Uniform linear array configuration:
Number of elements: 64
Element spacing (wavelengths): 0.25
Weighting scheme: hamming
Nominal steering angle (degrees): -30
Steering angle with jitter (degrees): -28.02
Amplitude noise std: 0.05
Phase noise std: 0.05

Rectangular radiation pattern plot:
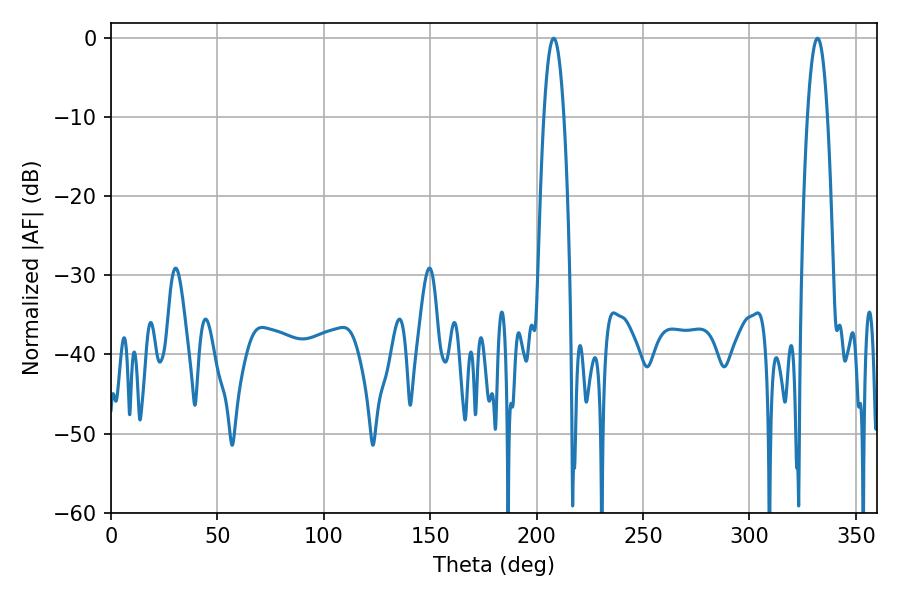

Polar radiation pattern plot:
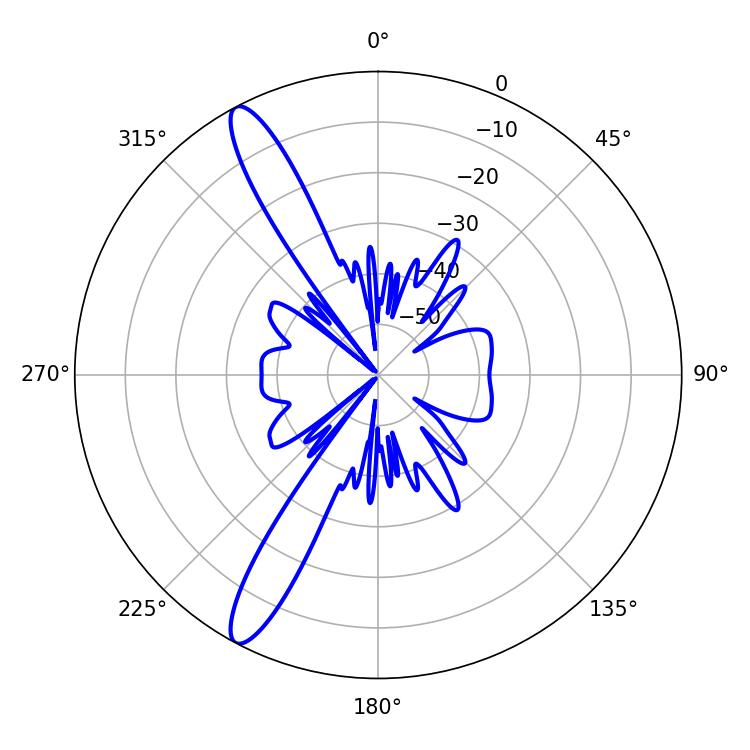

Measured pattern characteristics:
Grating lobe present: FALSE
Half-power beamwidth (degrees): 5.22
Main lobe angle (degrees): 208.08